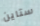
ستاين